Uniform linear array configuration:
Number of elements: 64
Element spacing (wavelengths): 1
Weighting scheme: binomial
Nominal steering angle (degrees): -45
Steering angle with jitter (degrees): -45.37
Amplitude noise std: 0.05
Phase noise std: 0.05

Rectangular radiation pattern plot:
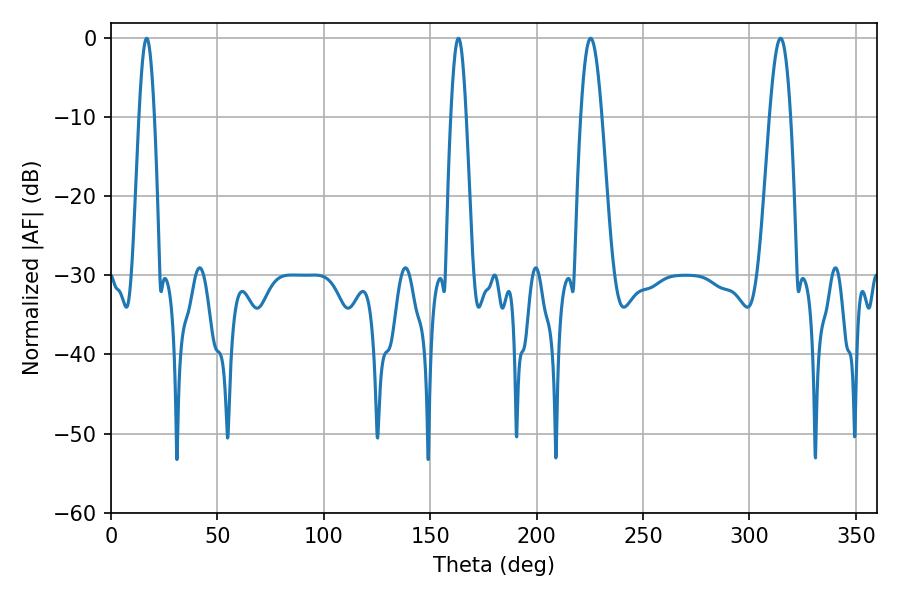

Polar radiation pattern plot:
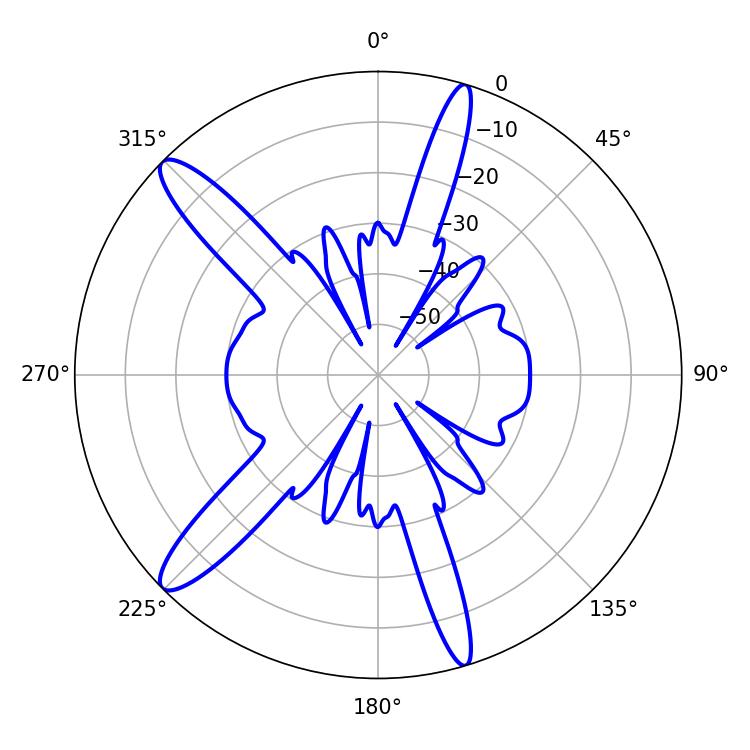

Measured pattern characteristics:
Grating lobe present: TRUE
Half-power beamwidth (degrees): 3.96
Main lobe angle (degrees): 16.74